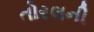
તોરલની